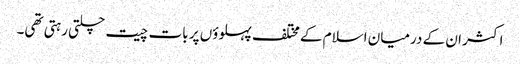
اکثر ان کے درمیان اسلام کے مختلف پہلوؤں پر بات چیت چلتی رہتی تھی۔